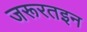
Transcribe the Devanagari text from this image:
जरूरतइन